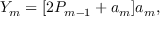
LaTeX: Y _ { m } = [ 2 P _ { m - 1 } + a _ { m } ] a _ { m } ,